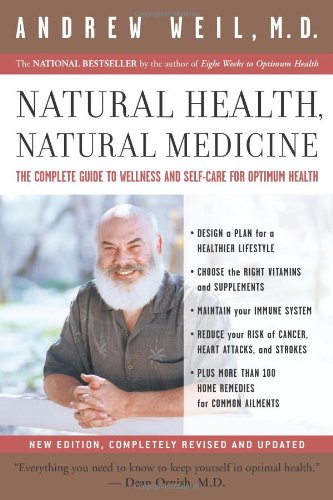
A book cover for Natural Health, Natural Medicine: The Complete Guide to Wellness and Self-Care for Optimum Health; Andrew Weil; Health, Fitness & Dieting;